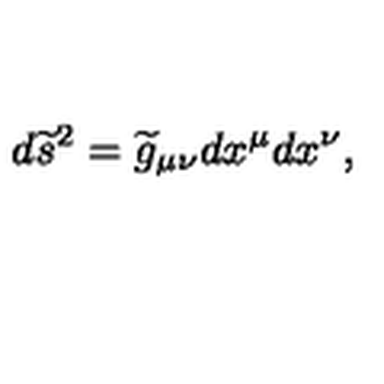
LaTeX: d { \widetilde s } ^ { 2 } = { \widetilde g } _ { \mu \nu } d x ^ { \mu } d x ^ { \nu } ,